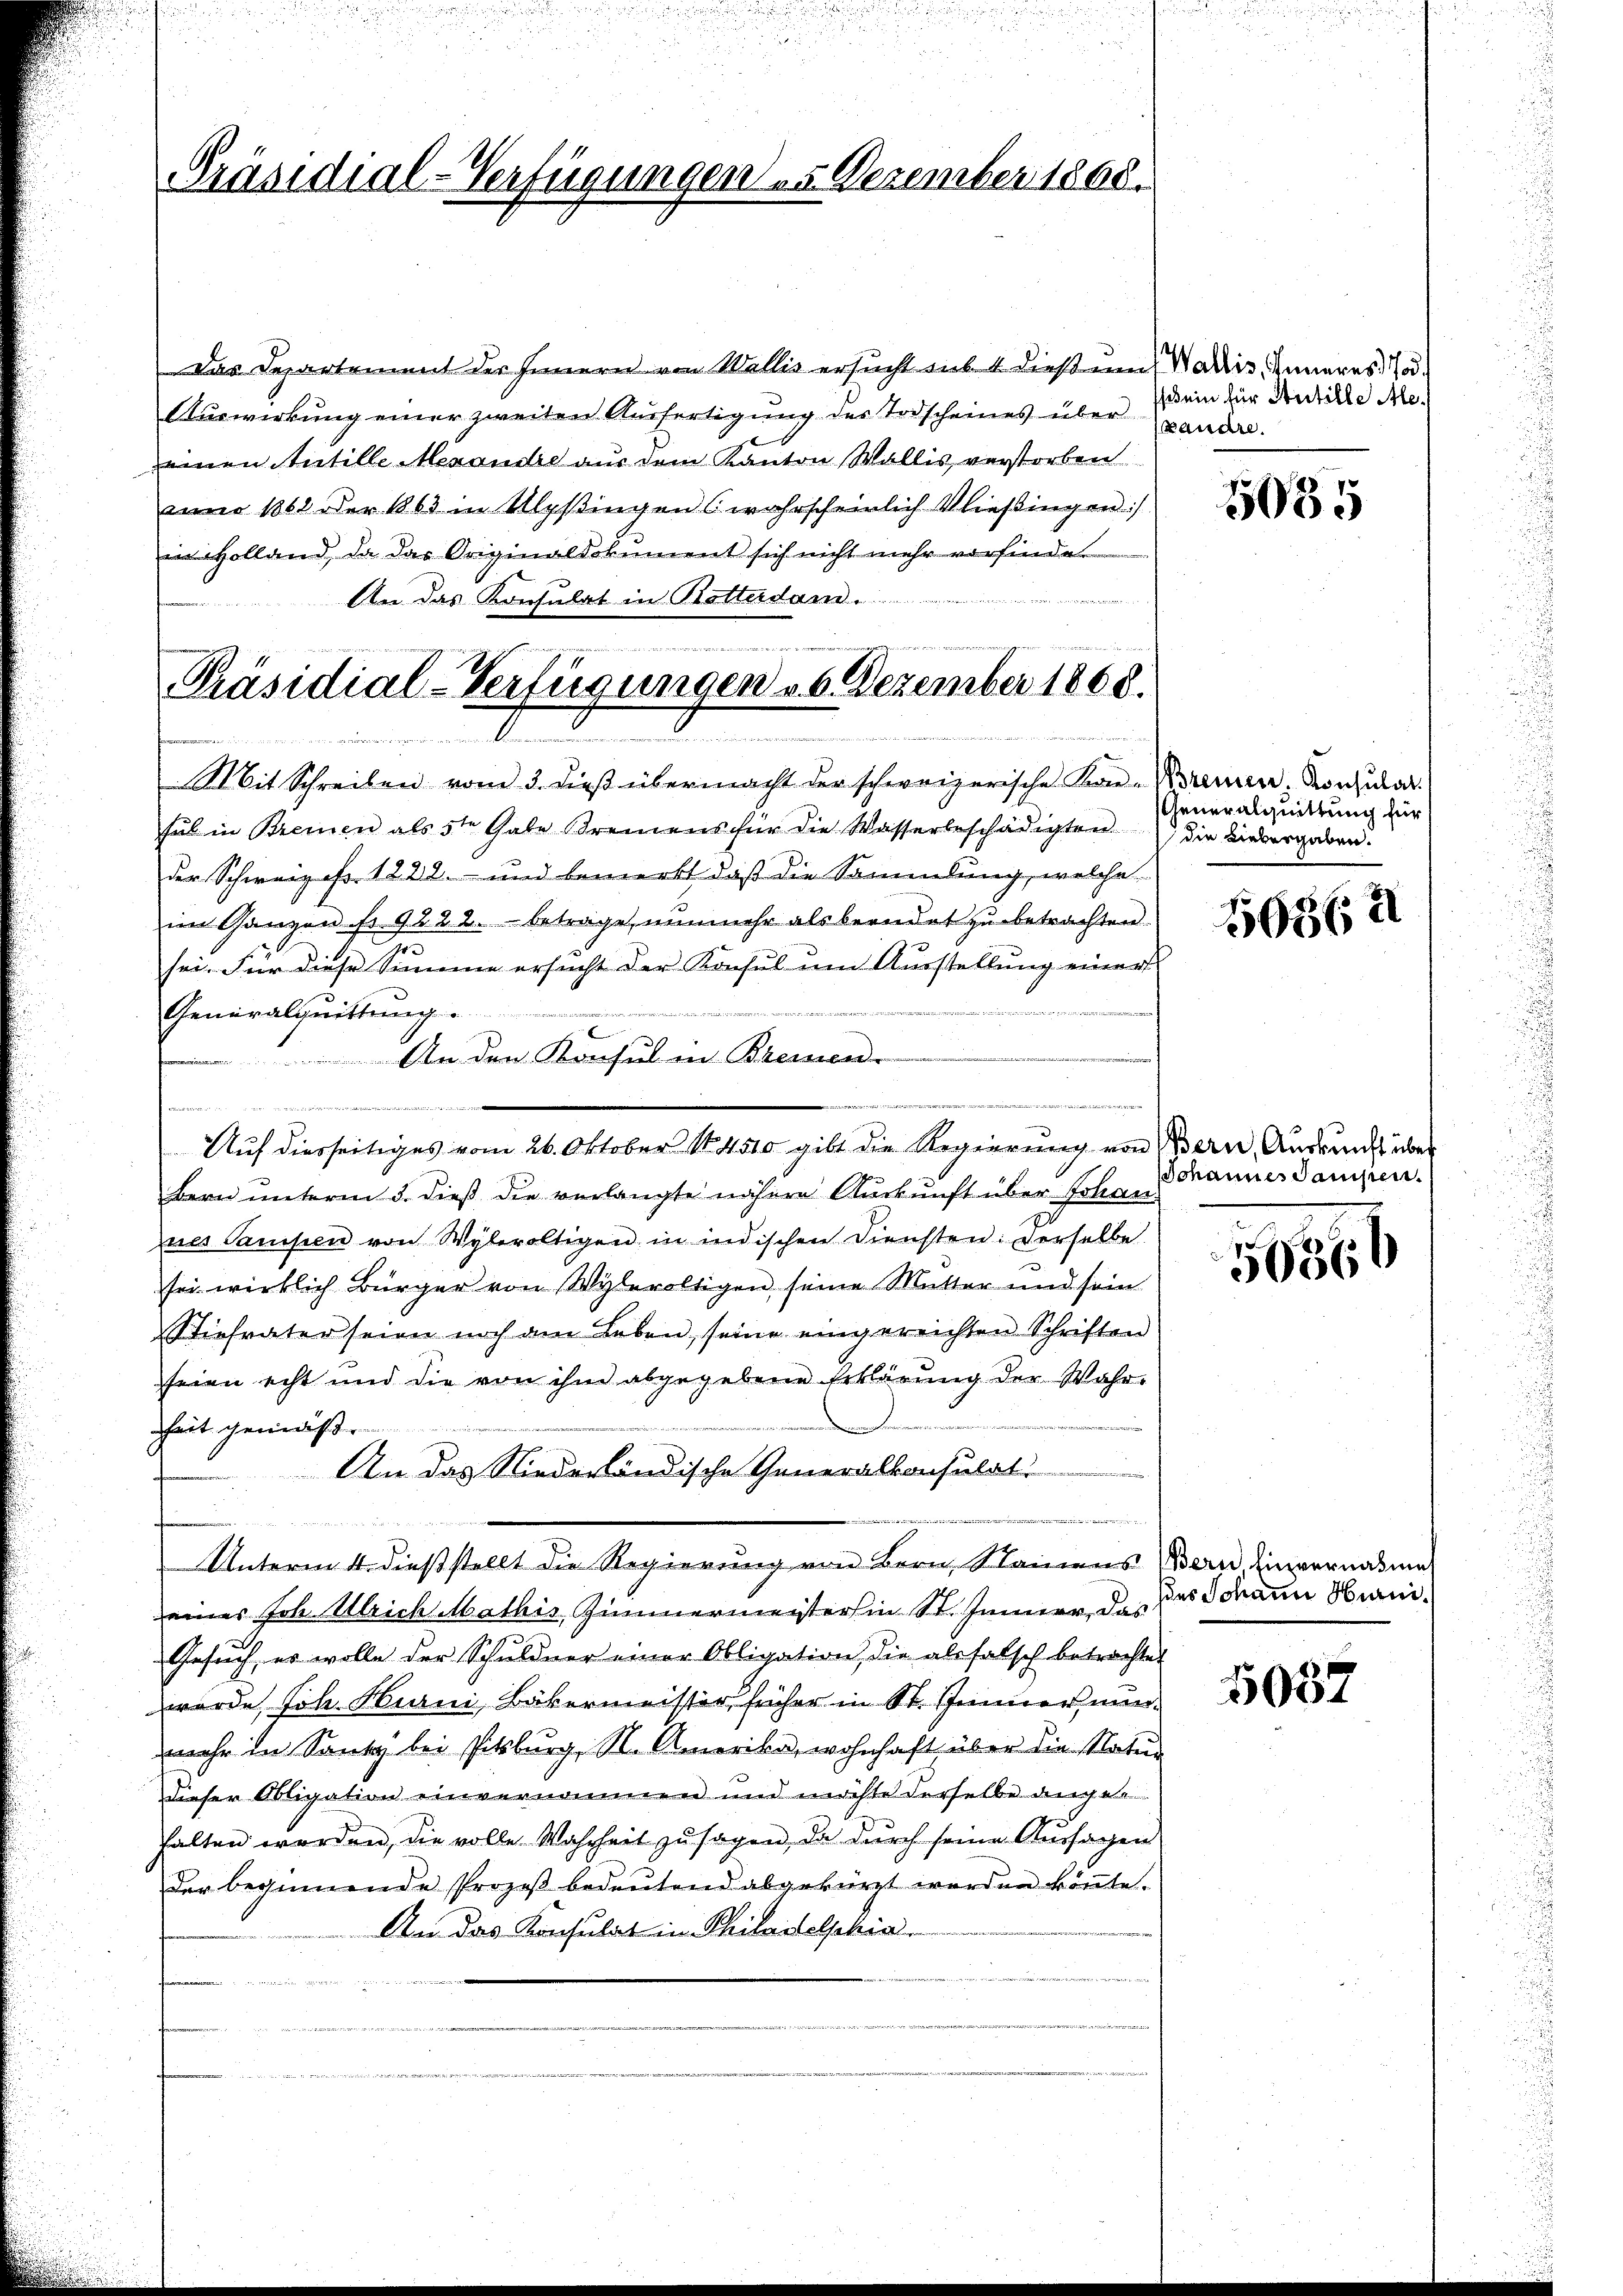
Präsidial-Verfügungen 5. Dezember 1808.

Das Departement des Innern von Wallis ersucht sub 4 dieß um Wallis Inneres Jo¬
Auswirkung einer zweiten Ausfertigung des Todscheines über
einen Stutille Mexandre aus dem Kanton Wallis verstorben
anno 1862 der 1863 in Ulysingen (wahrscheinlich ließingen :/
in Holland, da das Originaldokument sich nicht mehr vorfinden
An das Konsulat in Rotterdam.

Präsidial-Verfügungen 26. Dezember 1868.
t:
.
2
125

Mit Schreiben vom 3. dieβ übermacht der schweizerische Kar-Krennen. Konsulat
sul in Bremen als 5ten Gabe Bremens für die Wasserbeschädigten die Liebergaben.
der Schweizer 1222. und bemerkt daß die Sammlung, welche
im Ganzen fr. 9222. betrage, nunmehr als beendet zu betrachten.
sei. Für diese Summe ersucht der Konsul um Ausstellung einer
 wie die
Generalquittung
An den Konsul in Bremen
Auf diesseitiges vom 26. Oktober 184510 gibt die Regierung von Bern, Auskunft über
Bern unterm 3. dieß die verlangte nähere Auskunft über Johan-
ner Sanisien von Wyleraltigen in indischen Diensten: Derselbe
sei wirklich Bürger von Wyleroltigen seine Mutter und sein
Stiefvater seien noch am Leben, seine eingereichten Schriften
seien echt und die von ihm abgegebene Erklärung der Wahr-

heit gemäß
An das Niederländische Generalkonsulat

Unterm 4. dieß stellt die Regierung von Bern, Stainens Bern Einvernahme
eines Joh. Ulrich Mathis, Zimmermeisterhin St. Jenner, das
Gesuch, es wolle der Schuldner einer Obligation, die als falsch betrachtet
wurde Joh. Hurni, Bäkermeister früher in St. Jener, nunmehr in Sont bei Pitsburg, S. Amerika, wohnhaft über die Natur
dieser Obligation einvernommen und möchte derselbe durch de
halten worden, die volle Wahrheit zusagen, da durch seine Aussagen
der beginnende Prozeβ bedeŭtend abgekürzt werden köṅte.
An das Konsulat in Philastelphia
n

)

dein für Artille Me¬
Landre.

5085

Generalquittung für

16862

Johannes Sampen.

5036

des Johann Hurni

5087